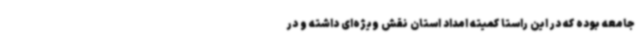
جامعه بوده که در این راستا کمیته امداد استان نقش ویژه‌ای داشته و در